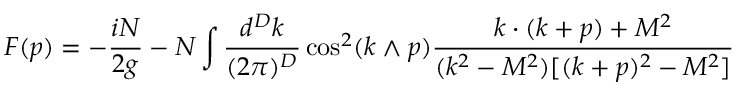
{ \cal F } ( p ) = - \frac { i N } { 2 g } - N \int \frac { d ^ { D } k } { ( 2 \pi ) ^ { D } } \cos ^ { 2 } ( k \wedge p ) \frac { k \cdot ( k + p ) + M ^ { 2 } } { ( k ^ { 2 } - M ^ { 2 } ) [ ( k + p ) ^ { 2 } - M ^ { 2 } ] }